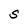
Character: S